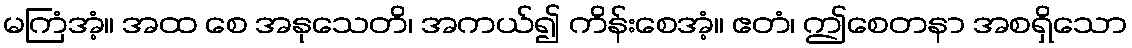
မကြံအံ့။ အထ စေ အနုသေတိ၊ အကယ်၍ ကိန်းစေအံ့။ ဧတံ၊ ဤစေတနာ အစရှိသော